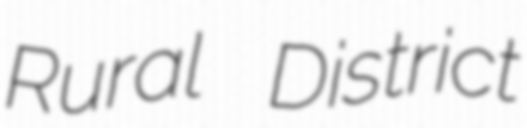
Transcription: Rural District